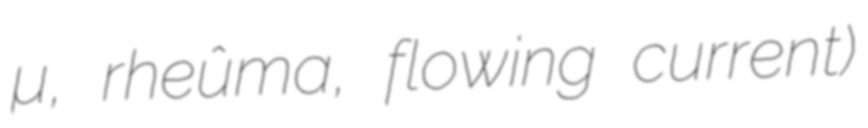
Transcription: ῥεῦμα, rheûma, flowing current)